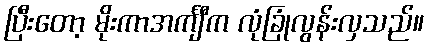
ပြီးတော့ မိုးကာအင်္ကျီက လုံခြုံလွန်းလှသည်။